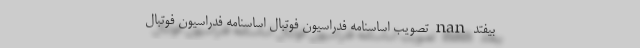
بیفتد nan تصویب اساسنامه فدراسیون فوتبال اساسنامه فدراسیون فوتبال